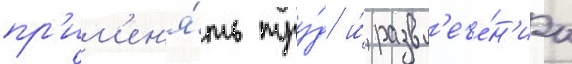
пр'им'ен'я́ть тру́д и́ развл'ече́н'иа